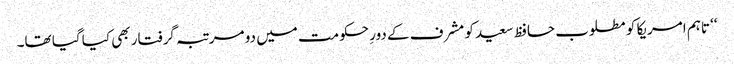
‘‘ تاہم امریکا کو مطلوب حافظ سعید کو مشرف کے دورِ حکومت میں دو مرتبہ گرفتار بھی کیا گیا تھا۔